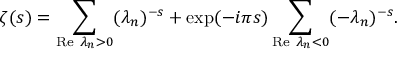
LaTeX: \zeta ( s ) = \sum _ { \mathrm { R e } ~ \lambda _ { n } > 0 } ( \lambda _ { n } ) ^ { - s } + \exp ( - i \pi s ) \sum _ { \mathrm { R e } ~ \lambda _ { n } < 0 } ( - \lambda _ { n } ) ^ { - s } .